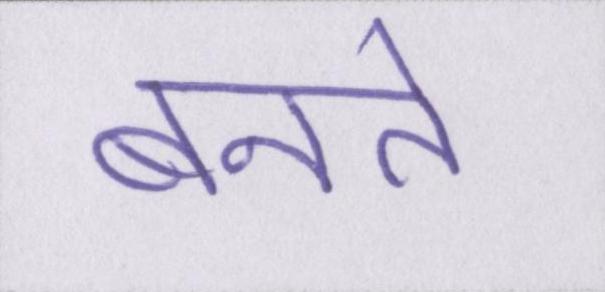
बनते